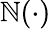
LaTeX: \mathbb{N}(\cdot)